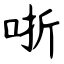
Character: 哳